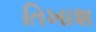
તિખાશ